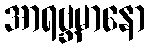
အာရဗ္ဘမာနော